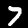
Digit: 7